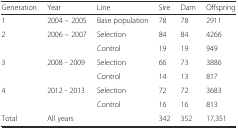
<table><thead><tr><td><b>Generation</b></td><td><b>Year</b></td><td><b>Line</b></td><td><b>Sire</b></td><td><b>Dam</b></td><td><b>Offspring</b></td></tr></thead><tbody><tr><td>1</td><td>2004 – 2005</td><td>Base population</td><td>78</td><td>78</td><td>2911</td></tr><tr><td>2</td><td>2006 – 2007</td><td>Selection</td><td>84</td><td>84</td><td>4266</td></tr><tr><td></td><td></td><td>Control</td><td>19</td><td>19</td><td>949</td></tr><tr><td>3</td><td>2008 - 2009</td><td>Selection</td><td>66</td><td>73</td><td>3886</td></tr><tr><td></td><td></td><td>Control</td><td>14</td><td>13</td><td>817</td></tr><tr><td>4</td><td>2012 - 2013</td><td>Selection</td><td>72</td><td>72</td><td>3683</td></tr><tr><td></td><td></td><td>Control</td><td>16</td><td>16</td><td>813</td></tr><tr><td>Total</td><td>All years</td><td></td><td>342</td><td>352</td><td>17,351</td></tr></tbody></table>